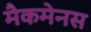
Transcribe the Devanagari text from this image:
मैकमेनस